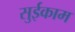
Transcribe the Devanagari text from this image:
सुईकाम